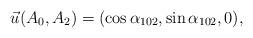
LaTeX: \begin{align*}\vec {u}(A_{0},A_{2})=(\cos\alpha_{102},\sin\alpha_{102},0),\end{align*}